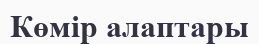
Көмір алаптары